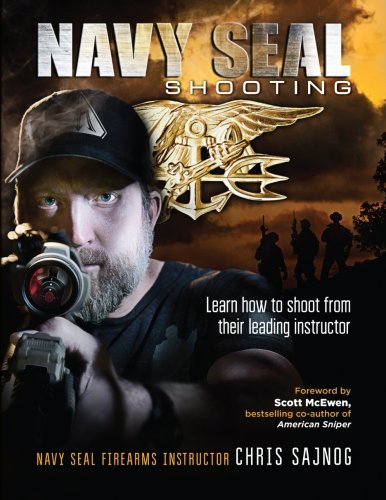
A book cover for Navy SEAL Shooting; Chris Sajnog; Sports & Outdoors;